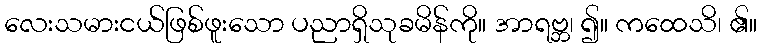
လေးသမားငယ်ဖြစ်ဖူးသော ပညာရှိသုခမိန်ကို။ အာရဗ္ဘ၊ ၍။ ကထေသိ၊ ၏။